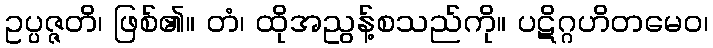
ဥပ္ပဇ္ဇတိ၊ ဖြစ်၏။ တံ၊ ထိုအညွန့်စသည်ကို။ ပဋိဂ္ဂဟိတမေဝ၊